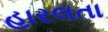
હારલતા